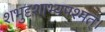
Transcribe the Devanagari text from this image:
शभुदृशाभ्यपश्मत्।